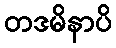
တဒမိနာပိ